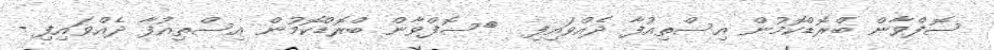
ސޮފްވާން ބްރޮޑްކޮމުން އިސްތިއުފާ ދެއްވައިފި  	ސޮފްވާން ބްރޮޑްކޮމުން އިސްތިއުފާ ދެއްވައިފި -